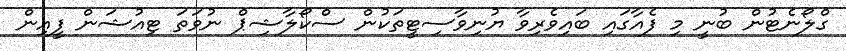
ގްލޯނެޓުން ބުނީ މި ފެއާގައި ބައިވެރިވާ ޔުނިވާސިޓީތަކުން ސްކޯލާޝިޕް ނުވަތަ ޓިއުޝަން ފީއިން